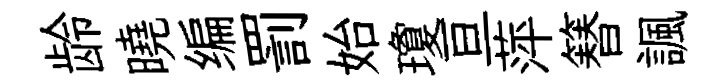
龄曉编罰始瓊亘萍簮諷